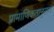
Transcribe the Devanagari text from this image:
प्रामाणिकतानुराग